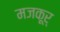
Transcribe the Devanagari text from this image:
मजकूर्